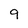
Character: 9